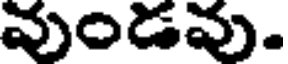
వుండవు.